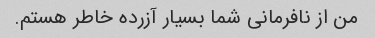
من از نافرمانی شما بسیار آزرده خاطر هستم.